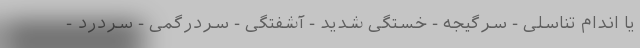
یا اندام تناسلی - سرگیجه - خستگی شدید - آشفتگی - سردرگمی - سردرد -